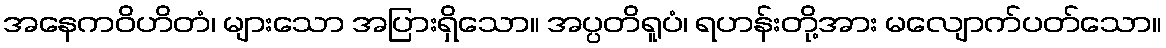
အနေကဝိဟိတံ၊ များသော အပြားရှိသော။ အပ္ပတိရူပံ၊ ရဟန်းတို့အား မလျောက်ပတ်သော။